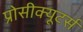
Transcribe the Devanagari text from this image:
प्रोसीक्यूटर्स